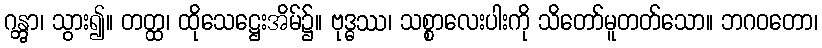
ဂန္တွာ၊ သွား၍။ တတ္ထ၊ ထိုသေဋ္ဌေးအိမ်၌။ ဗုဒ္ဓဿ၊ သစ္စာလေးပါးကို သိတော်မူတတ်သော။ ဘဂဝတော၊